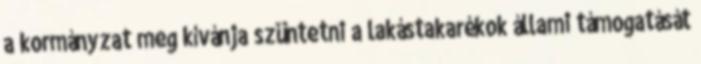
a kormányzat meg kívánja szüntetni a lakástakarékok állami támogatását